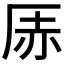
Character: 𪠇